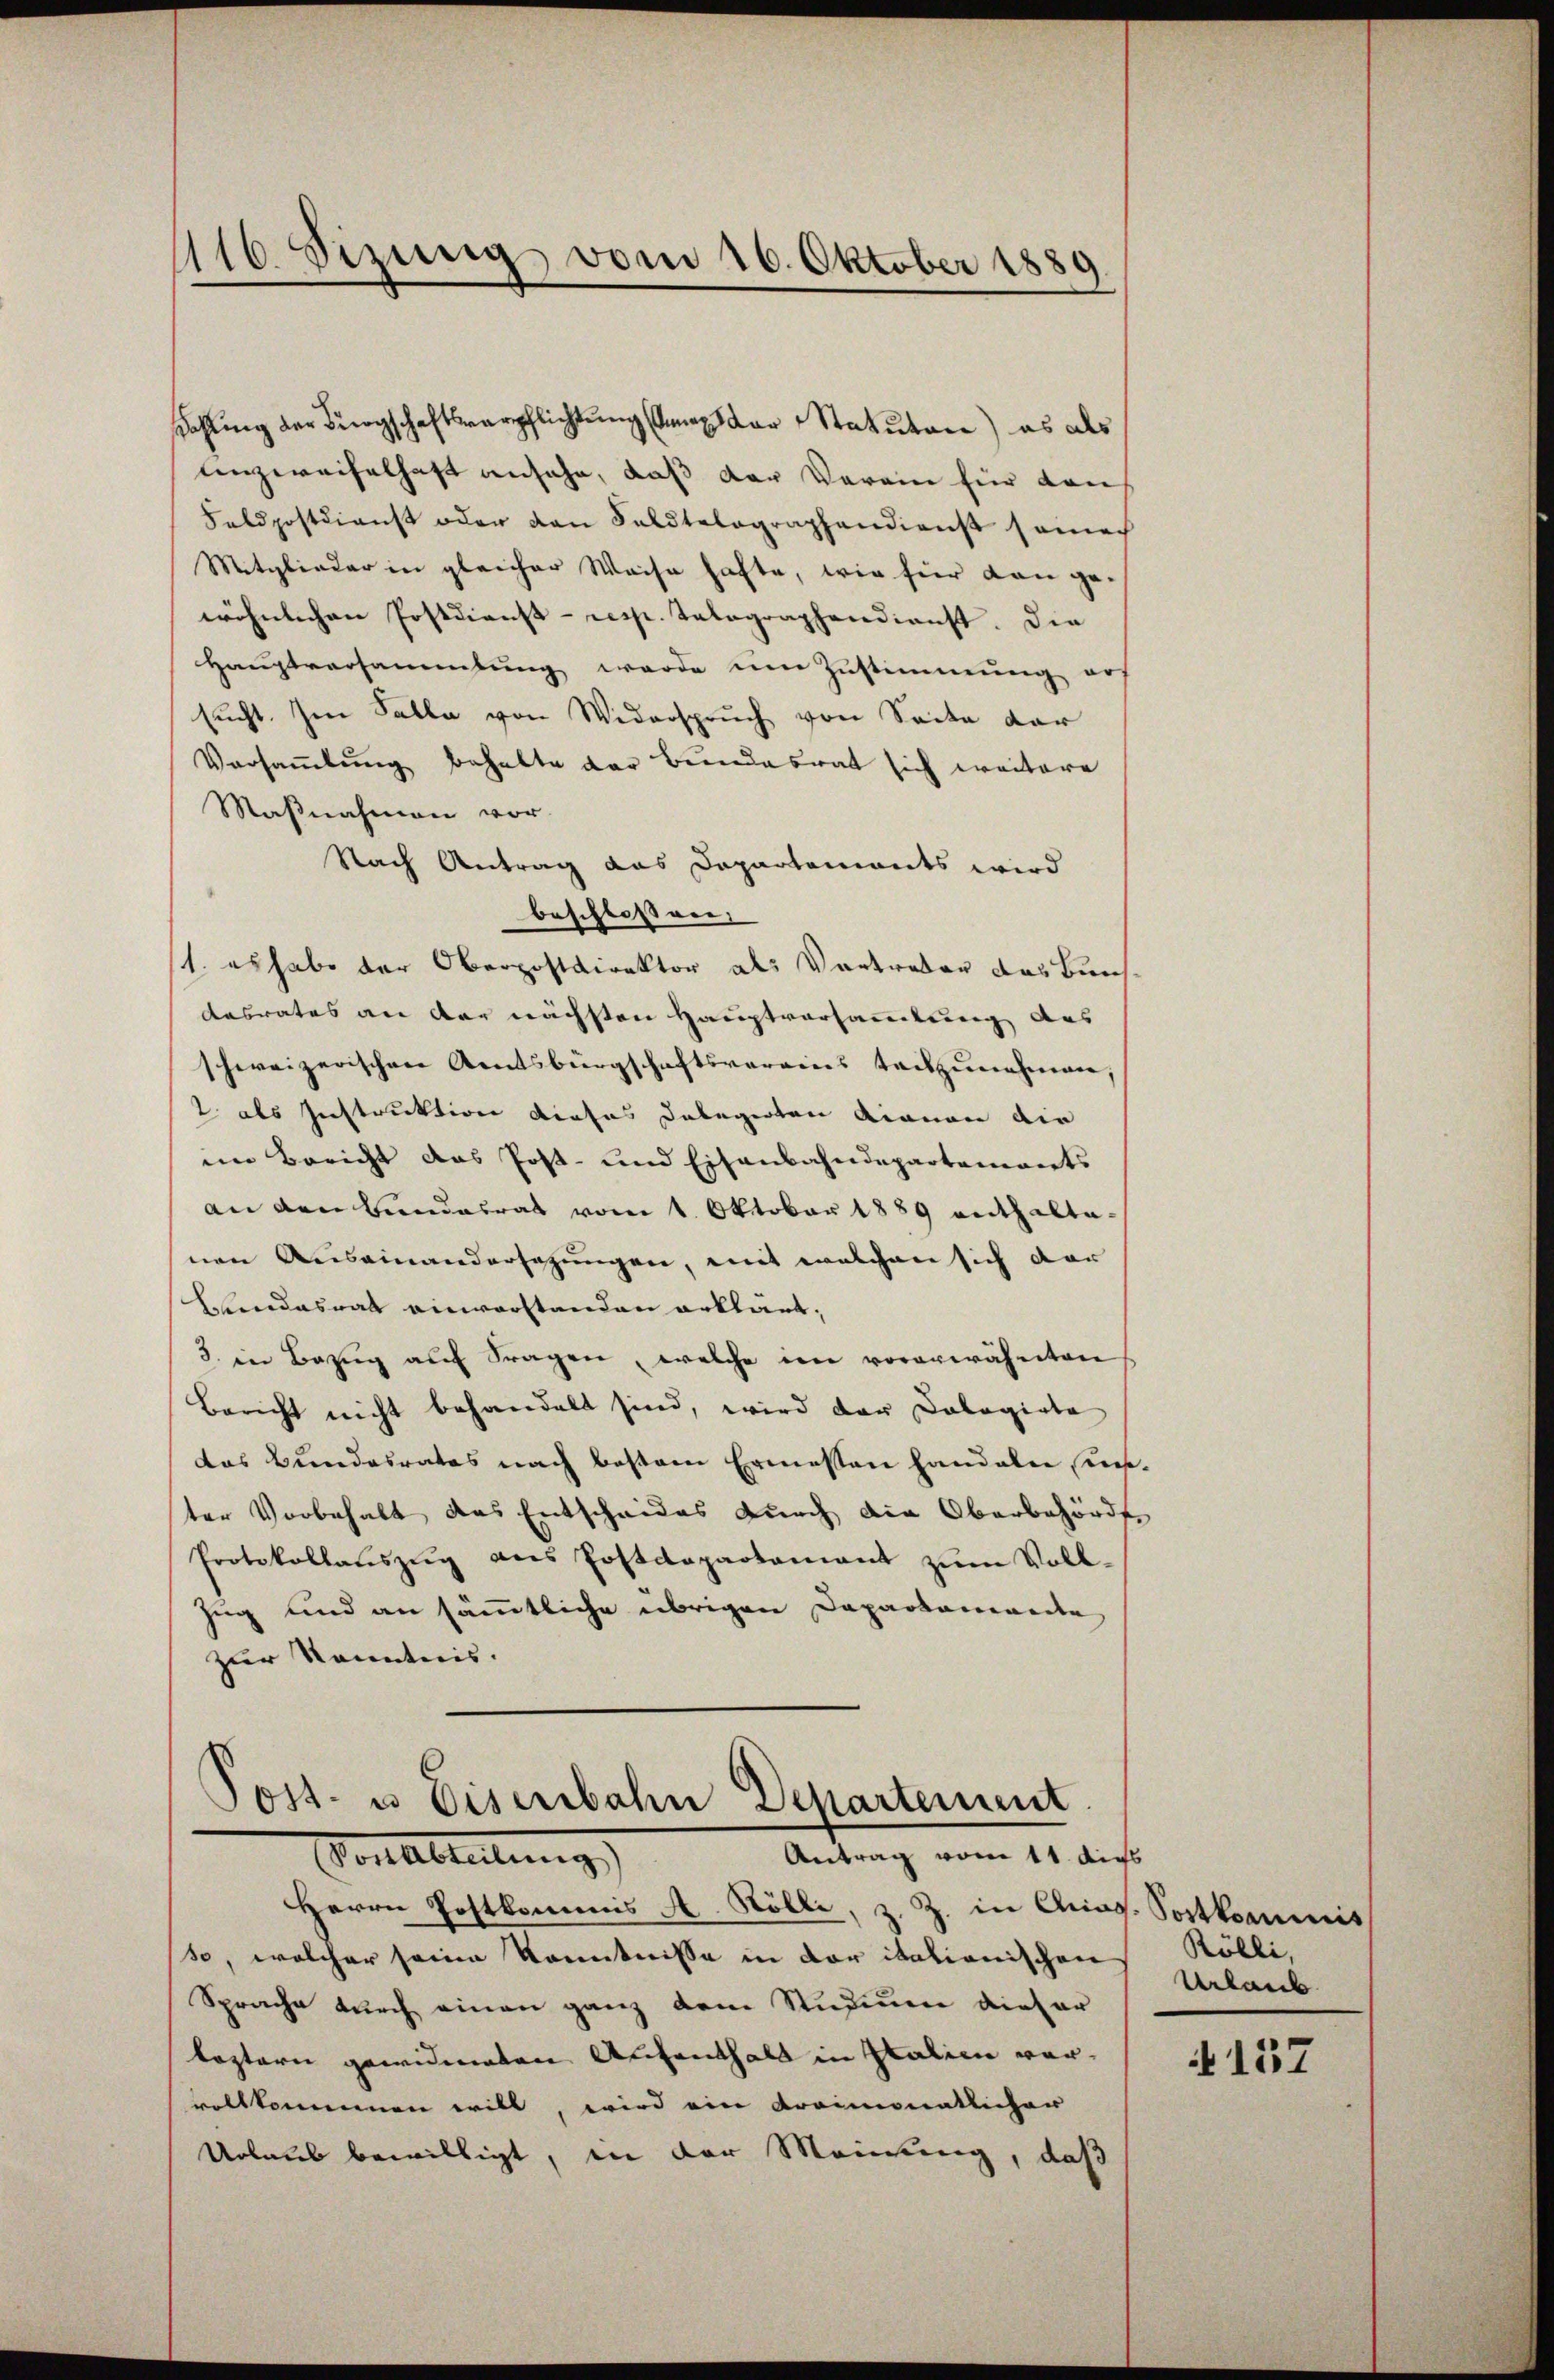
116. Sizung vom 16. Oktober 1889

Kahlung der Bürgschaftsverpflichtung man der Statutar) es als
enzweifelhaft ansehe, dass der Verein für den
Feldpostdienst oder den Feldtelographendienst seinec
Mitglieder in gleicher Weise hafte, wie hier dann ge-
wöhnlichen Postdienst- resp. Talographendienst. Die
Hauptversammlung werde um Zustimmung auf
sucht. Im Falle von Widerspruch von Seite dar
Versammlung behalte der Bundesrat sich weitere
Maßnahmen vor.
Nach Antrag das Dapartenants wird
beschlossen.
1. es habe der Oberpostdirektor als Vortreter das Bürch
Aasrates an der nächsten Hauptversammlung aus
schweizerischen Rentsbürgschaftsvereins tackzunehmen
2 als Instruktion dieses Delegirten Dianan die
im Bericht das Post- und Eisenbahndepartements
an den Bundesrat vom 1. Oktober 1889 enthaltenen Auseinandersezungen, mit welchen sich dar
Blindesrat einverstanden erklärt,
3. in Bezŭg aŭf Fragen, welche im vorerwähnten
Bericht nicht behandelt sind, wird der Cologiate
das Bundesrates nach bestem Ermessen handalen unter Vorbehalt das Entscheides durch die Oberbehörde
Protokollaŭszŭg ans Postdepartamant zŭm Voll-
Zug und an sämmtliche übrigen Daparkannte
zur Kenntnis.

Post- u. Eisenbahn Departement.
Antrag vom 11. dies
Von Abteilung

Herrn Postkommis A. Rölli, z. Z. in Aos. Sortkommis
so, welcher seine Kenntnisse in der italionischen
Sprache durch einen ganz dem Studium dieser
koptern gewidmeten Aufenthalt in Italien worvollkommen will, wird ein Kreimonatlicher
Urlaub bewilligt, in der Meinung, daß

Rölli,
Urlaub

4157